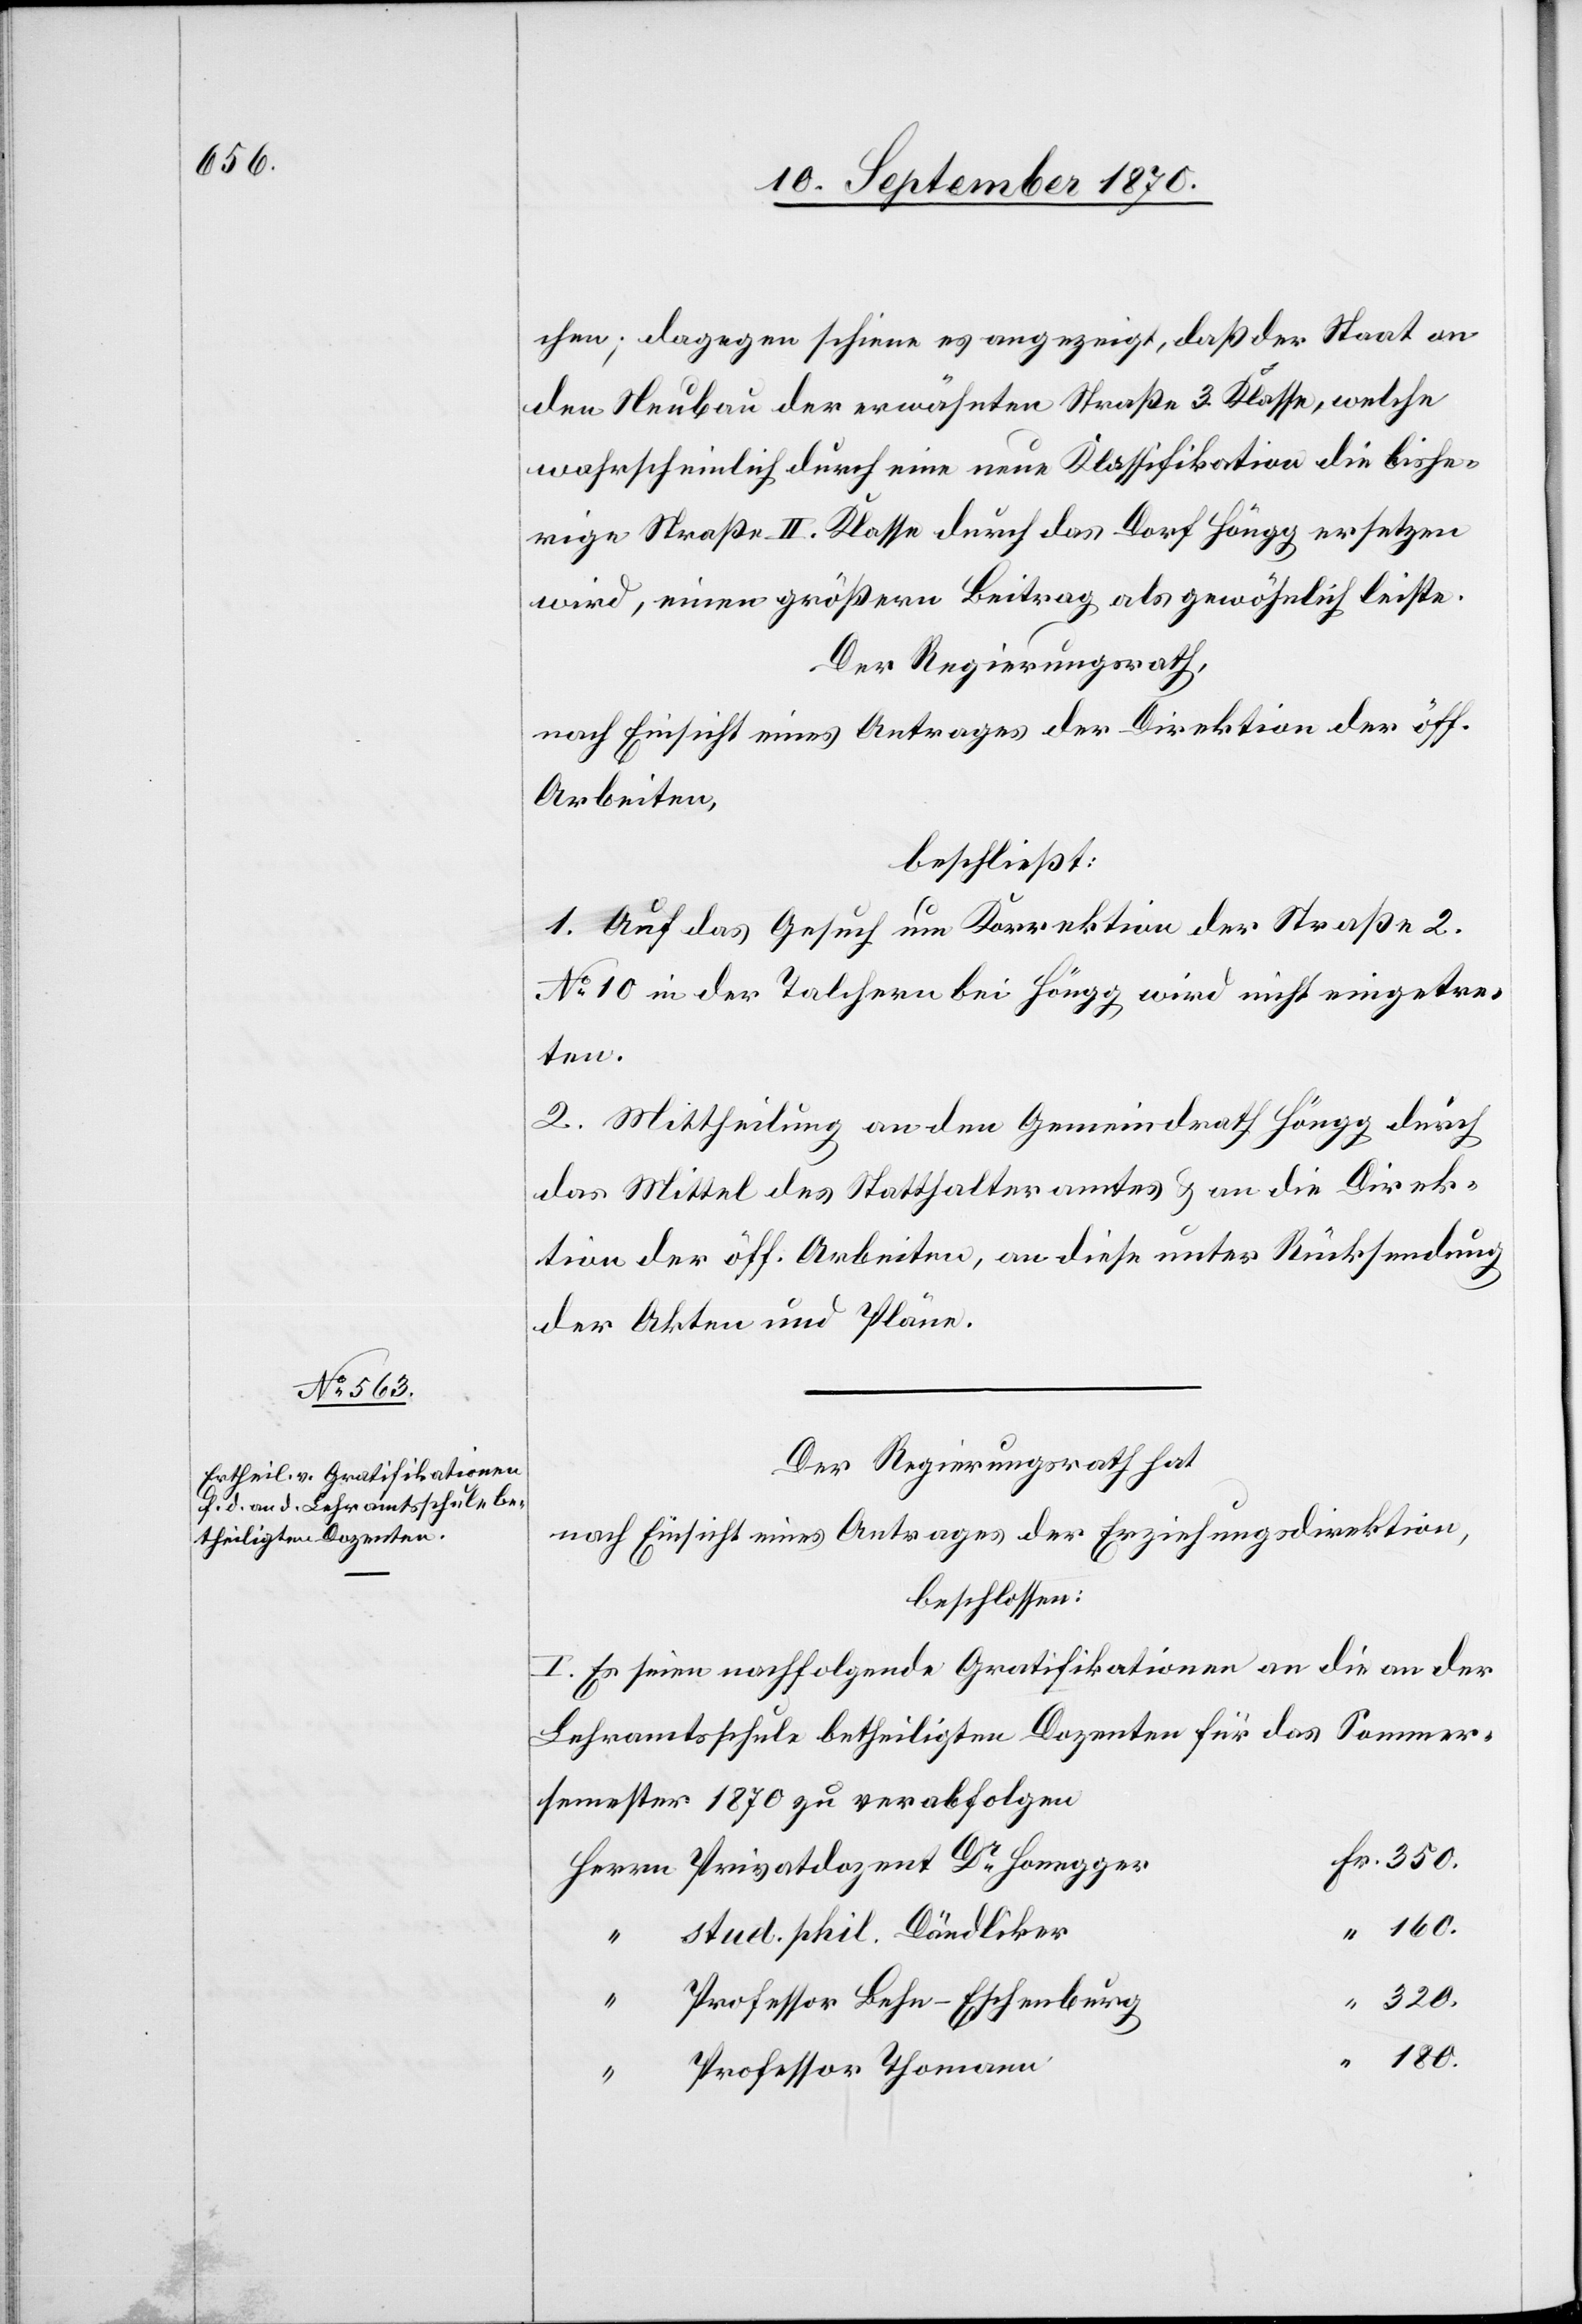
chen; dagegen schiene es angezeigt, daß der Staat an
den Neubau der erwähnten Straße 3. Klasse, welche
wahrscheinlich durch eine neuen Klassifikation die bishe¬
rige Straße II. Klasse durch das Dorf Höngg ersetzen
wird, einen größern Beitrag als gewöhnlich leiste.
Der Regierungsrath,
nach Einsicht eines Antrages der Direktion der öff.
Arbeiten,
beschließt:
1. Auf das Gesuch um Korrektion der Straße 2.
No 10 in der Talchern bei Höngg, wird nicht eingetre¬
ten.
2. Mittheilung an den Gemeindrath Höngg durch
das Mittel des Statthalteramtes & an die Direk¬
tion der öff. Arbeiten, an diese unter Rücksendung
der Akten und Pläne.
Der Regierungsrath hat
nach Einsicht eines Antrages der Erziehungsdirektion,
beschlossen:
I. Es seien nachfolgende Gratifikationen an die an der
Lehramtsschule betheiligten Dozenten für das Sommer¬
semester 1870 zu verabfolgen
stud. phil. Dändliker
180.
“
Professor Lehn-Eschenberg
“
Professor Thomann